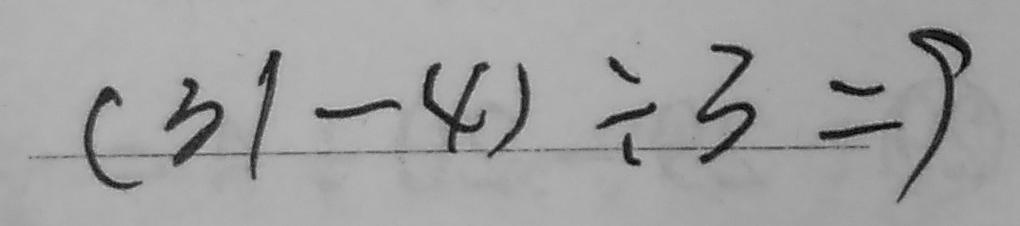
( 3 1 - 4 ) \div 3 = 9